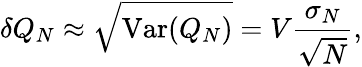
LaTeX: \delta Q_{N}\approx{\sqrt{\mathrm{Var}(Q_{N})}}=V{\frac{\sigma_{N}}{\sqrt{N}}},